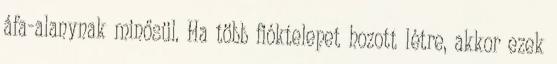
áfa-alanynak minősül. Ha több fióktelepet hozott létre, akkor ezek